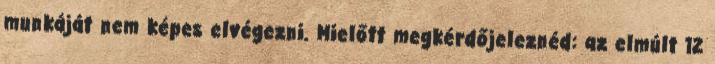
munkáját nem képes elvégezni. Mielőtt megkérdőjeleznéd: az elmúlt 12